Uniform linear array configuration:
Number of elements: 64
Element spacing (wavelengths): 0.5
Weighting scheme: blackman
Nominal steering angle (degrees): -45
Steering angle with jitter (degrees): -43.826
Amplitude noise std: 0.05
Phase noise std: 0.05

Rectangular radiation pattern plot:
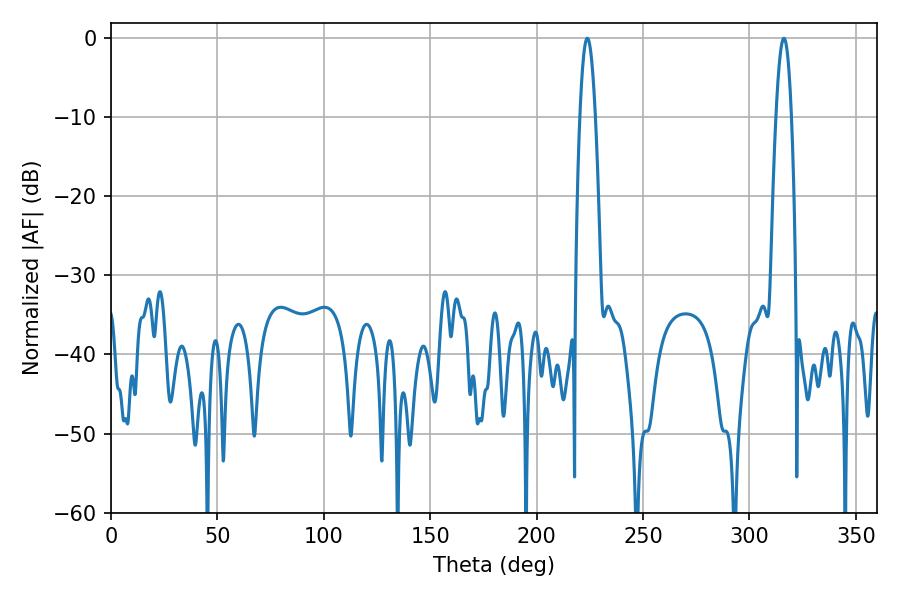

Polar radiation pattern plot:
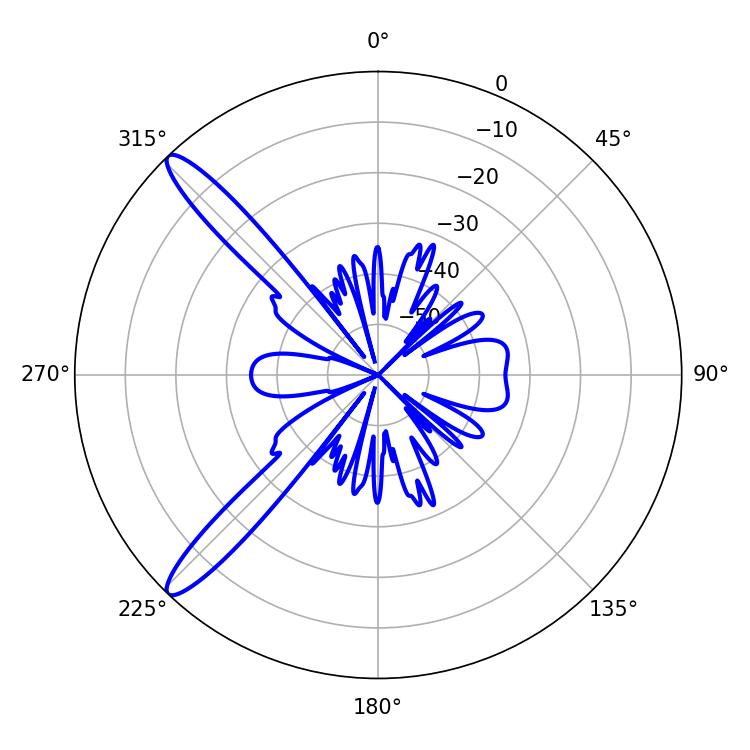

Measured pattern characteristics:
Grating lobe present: FALSE
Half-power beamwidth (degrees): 3.96
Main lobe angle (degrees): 223.74